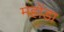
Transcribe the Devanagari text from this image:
महोंडा